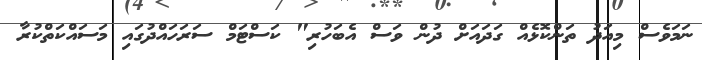
ނަމަވެސް މިއަދު ތަންކޮޅެއް ގަދައަށް ދުން ވަސް އެބަހުރި" ކަސްޓަމް ސަރަހައްދުގައި މަސައްކަތްކުރާ